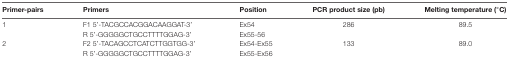
<table><thead><tr><td><b>Primer-pairs</b></td><td><b>Primers</b></td><td><b>Position</b></td><td><b>PCR product size (pb)</b></td><td><b>Melting temperature (°C)</b></td></tr></thead><tbody><tr><td>1</td><td>F1 5′-TACGCCACGGACAAGGAT-3′</td><td>Ex54</td><td>286</td><td>89.5</td></tr><tr><td></td><td>R 5′-GGGGGCTGCCTTTTGGAG-3′</td><td>Ex55-56</td><td></td><td></td></tr><tr><td>2</td><td>F2 5′-TACAGCCTCATCTTGGTGG-3′</td><td>Ex54-Ex55</td><td>133</td><td>89.0</td></tr><tr><td></td><td>R 5′-GGGGGCTGCCTTTTGGAG-3′</td><td>Ex55-Ex56</td><td></td><td></td></tr></tbody></table>